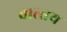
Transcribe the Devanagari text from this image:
वात्सय